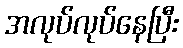
အလုပ်လုပ်နေပြီး